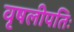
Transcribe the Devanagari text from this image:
वृषलीपतिः